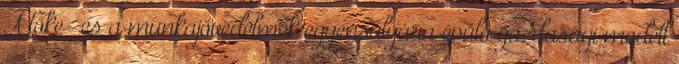
A tőke- és a munkajövedelmek egyensúlyára épülő gazdasági modell